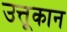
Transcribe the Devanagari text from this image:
उत्तूकान